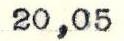
20,05